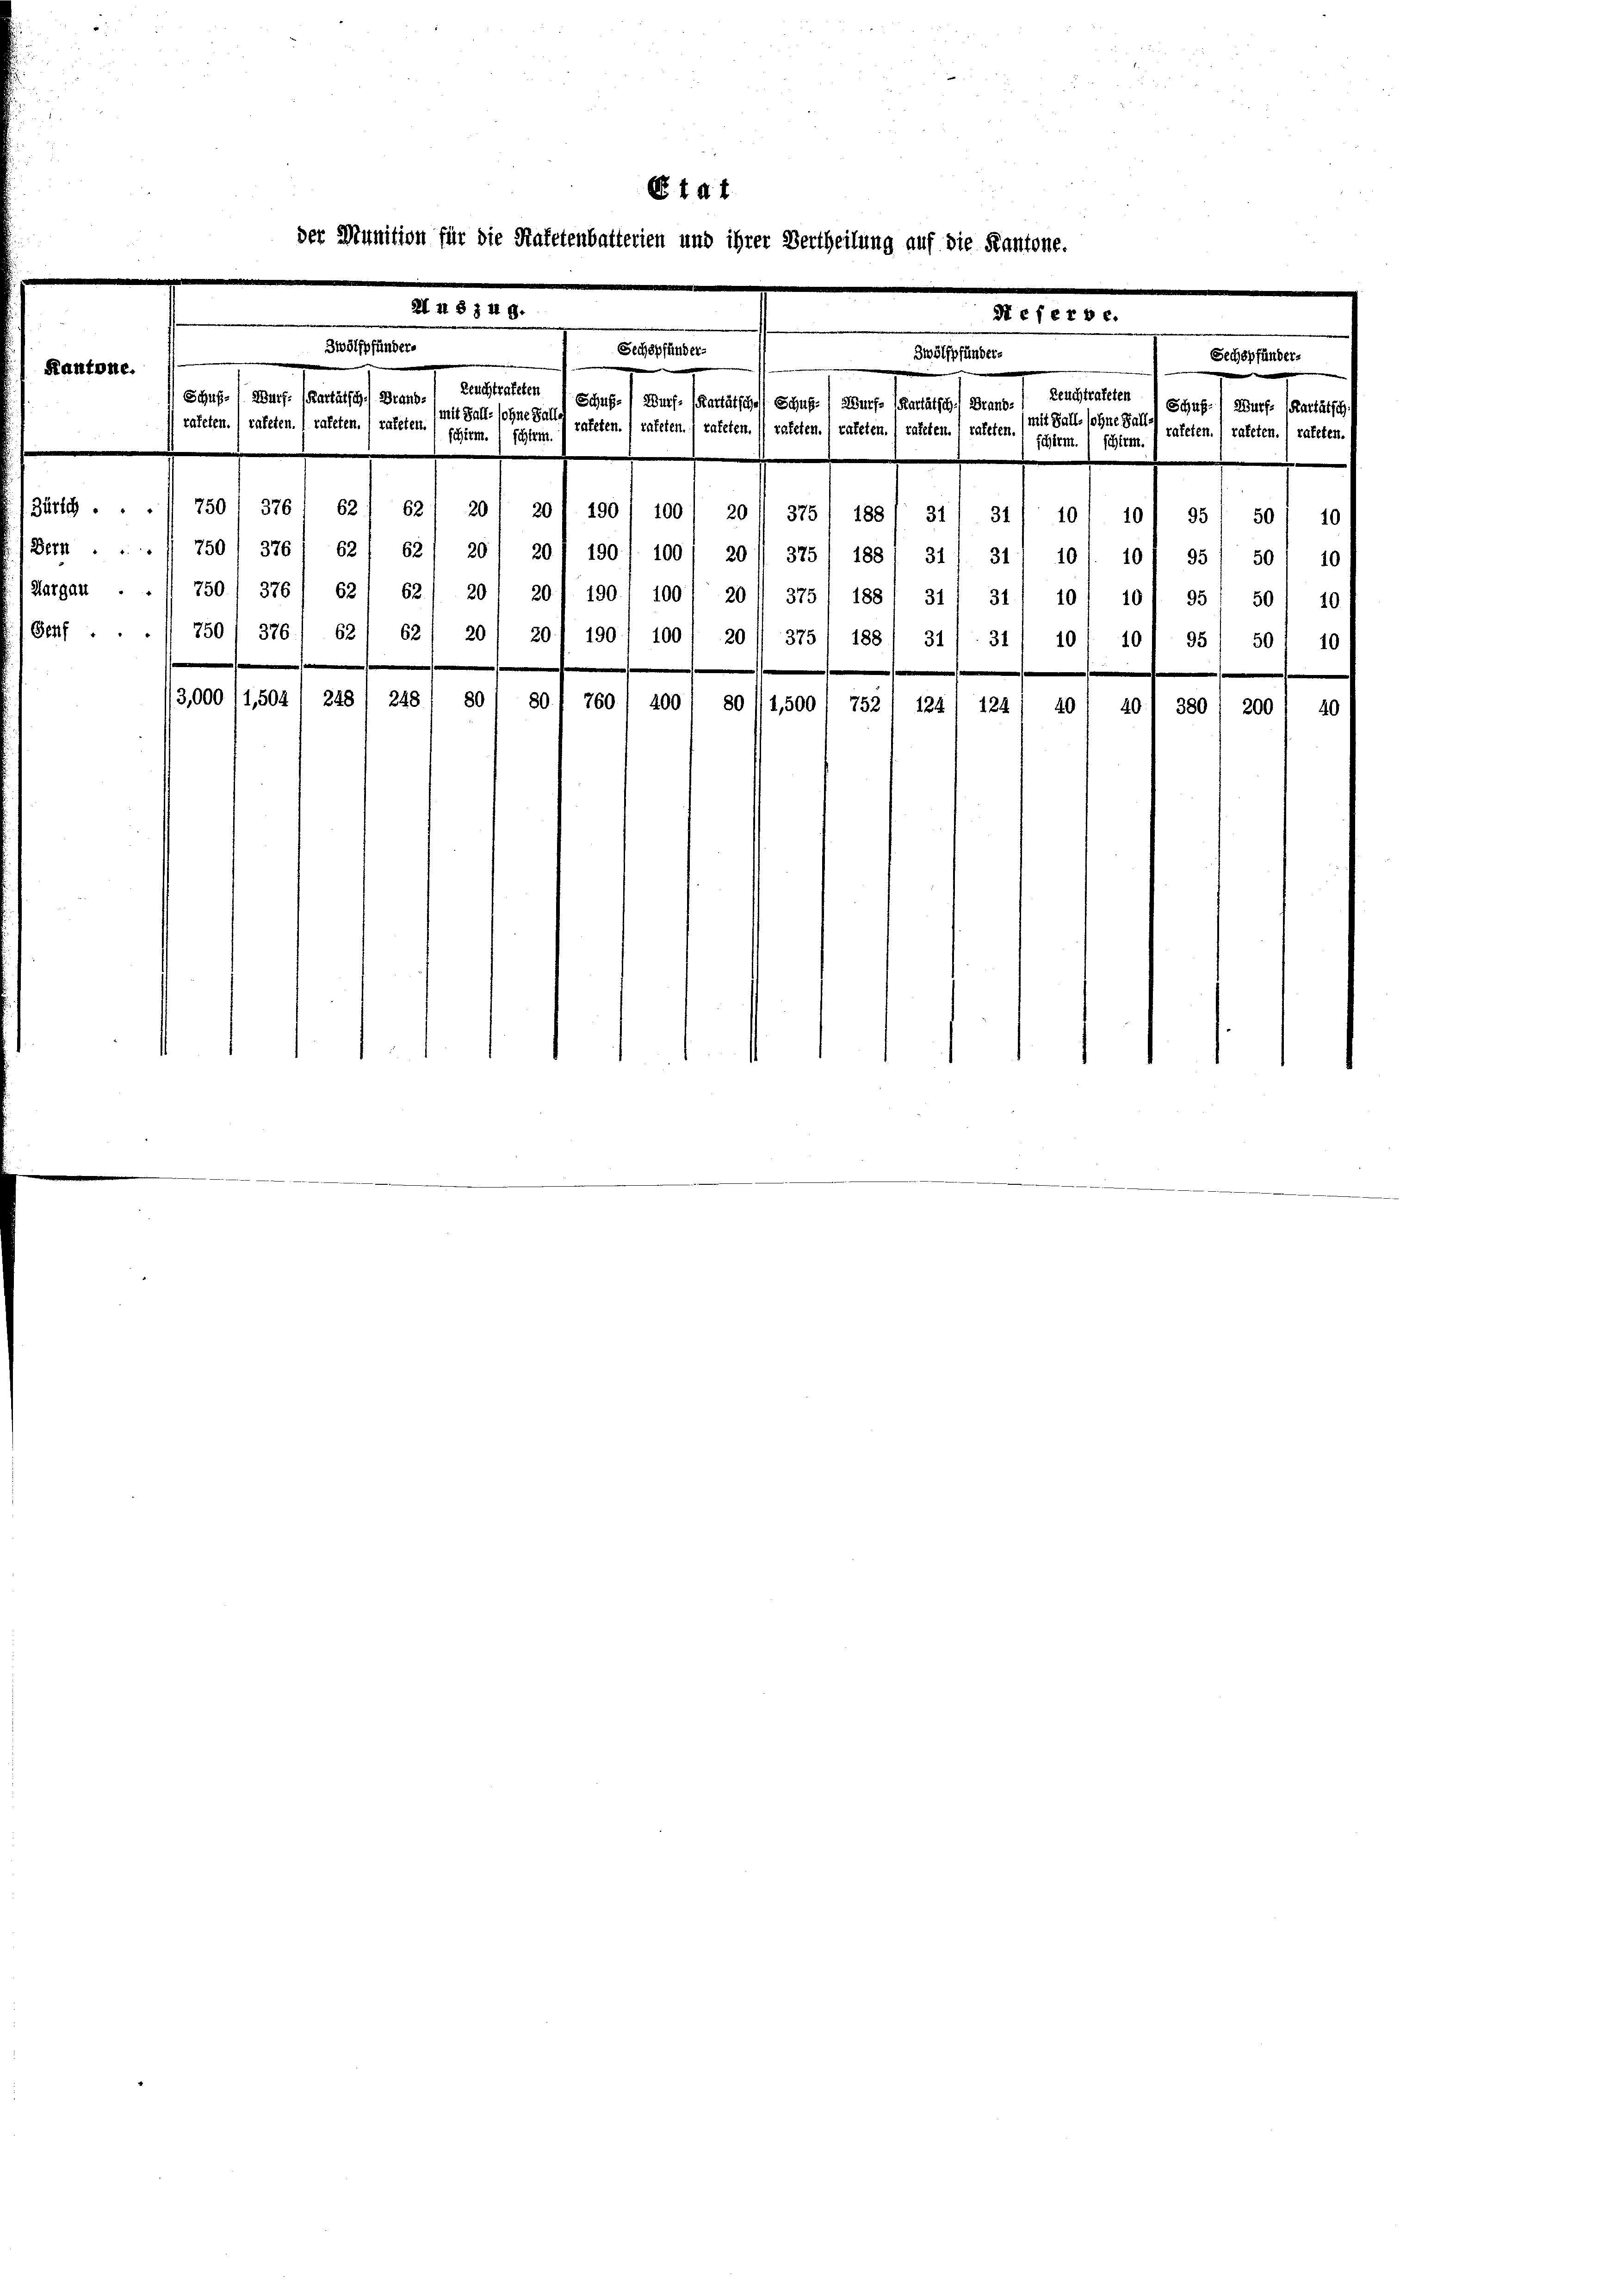
Kantone.

Aargau

6 t d. 1
der Munition für die Hafetenbalterien und ihrer Vertheilung auf die Kantone.

ain der falls eine
 rateten. / rateten. ( rateten. ( rateten.

248
00011,504
248

Zürich . . . 750 1 376. 62) 621 20/ 20/ 190) 100 / 201 375/ 188

culesen
en / der fernunft ein
rateten.) rateten.) rateten.

t

1,500/ 752

despf
an bestes an

Zeuestrateten
Reuchtrafeten
mit Falle sohne Falls
(mit Fall, sohne Ball-
rateten. ( rateten. ( rateten. ( rateten.
schirm.) Schlem.
Schirm.) schien.
311 311 101 10/ 951 50' 10
Bern ... 750 / 376 62/ 62/ 20 / 20) 100 l. 100' 20/ 325' 1831 311 31/ 10/. 10/ 35/ 301 10
750/ 376/ 621 62/ 20' 20/190) 100 / 20// 375 135/ 31/ 31/ 10/ 10/ 35’ 50) 10)
Genf . . . 350 / 376. 621 62, 20 / 20) 190) 100, 20// 375/ 1881 311. 311 10/ 101 95 sol 10

a. 1
40
e

Schul-

anstan
rateten.) rateten.) rateten.